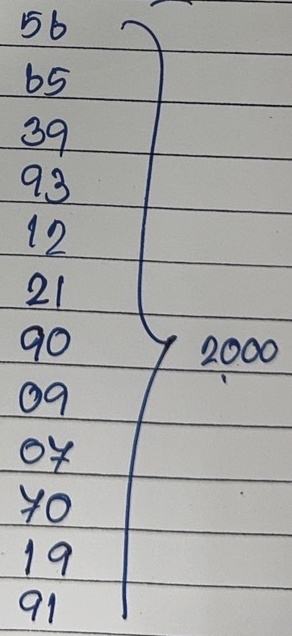
56 - 2,000
65 - 2,000
39 - 2,000
93 - 2,000
12 - 2,000
21 - 2,000
90 - 2,000
09 - 2,000
07 - 2,000
70 - 2,000
19 - 2,000
91 - 2,000